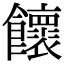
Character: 𩟮